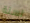
لسنة